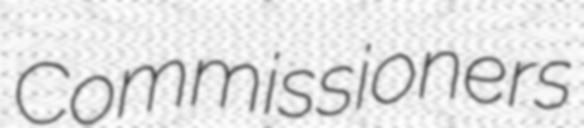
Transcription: Commissioners